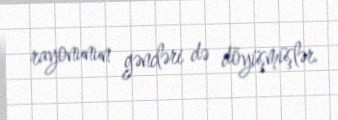
rayonunun gəncləri də döyüşmüşlər.